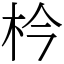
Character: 枔